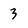
Character: 3